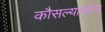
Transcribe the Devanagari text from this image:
कौसल्यानंदन